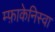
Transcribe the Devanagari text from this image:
म्फ़ाकेनिस्वा